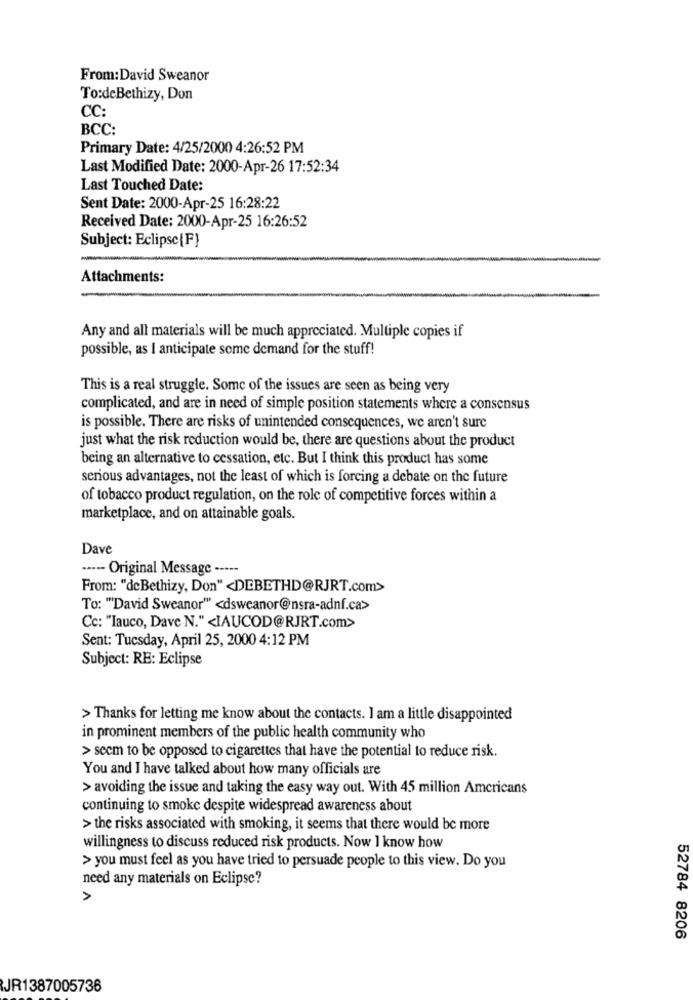
From:David Sweanor
To:deBethizy, Don
CC:
BCC:
Primary Date: 4/25/2000 4:26:52 PM
Last Modified Date: 2000-Apr-26 17:52:34
Last Touched Date:
Sent Date: 2000-Apr-25 16:28:22
Received Date: 2000-Apr-25 16:26:52
Subject: Eclipse{F}
Attachments:
Any and all materials will be much appreciated. Multiple copies if
possible, as I anticipate some demand for the stuff!
This is a real struggle. Some of the issues are seen as being very
complicated, and are in need of simple position statements where a consensus
is possible. There are risks of unintended consequences, we aren't sure
just what the risk reduction would be, there are questions about the product
being an alternative to cessation, etc. But I think this product has some
serious advantages, not the least of which is forcing a debate on the future
of tobacco product regulation, on the role of competitive forces within a
marketplace, and on attainable goals.
Dave
----- Original Message -----
From: "deBethizy, Don" <DEBETHD@RJRT.com>
To: ""David Sweanor" <dsweanor@nsra-adnf.ca>
Cc: "Iauco, Dave N." <IAUCOD@RJRT.com>
Sent: Tuesday, April 25, 2000 4:12 PM
Subject: RE: Eclipse
> Thanks for letting me know about the contacts. I am a little disappointed
in prominent members of the public health community who
> seem to be opposed to cigarettes that have the potential to reduce risk.
You and I have talked about how many officials are
> avoiding the issue and taking the easy way out. With 45 million Americans
continuing to smoke despite widespread awareness about
> the risks associated with smoking, it seems that there would be more
willingness to discuss reduced risk products. Now 1 know how
> you must feel as you have tried to persuade people to this view. Do you
need any materials on Eclipse?
A
52784 8206
JR1387005736